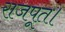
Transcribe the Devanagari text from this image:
राजपूत।